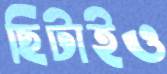
ছিটাইও